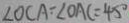
\angle O C A = \angle O A C = 4 5 ^ { \circ }